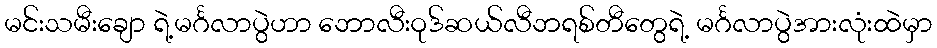
မင်းသမီးချော ရဲ့မင်္ဂလာပွဲဟာ ဘောလီးဝုဒ်ဆယ်လီဘရစ်တီတွေရဲ့ မင်္ဂလာပွဲအားလုံးထဲမှာ